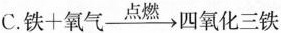
C.$$铁+氧气\xrightarrow[]{点燃}四氧化三铁$$